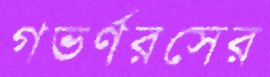
গভর্ণরসের